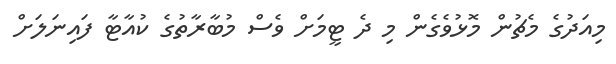
މިއަދުގެ މެޗުން މޮޅުވެގެން މި ދެ ޓީމަށް ވެސް މުބާރާތުގެ ކުއާޓާ ފައިނަލަށް